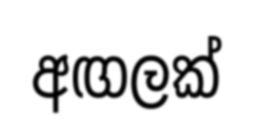
අඟලක්